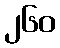
၂၆၀